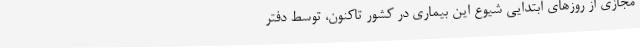
مجازی از روزهای ابتدایی شیوع این بیماری در کشور تاکنون، توسط دفتر